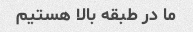
ما در طبقه بالا هستیم